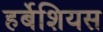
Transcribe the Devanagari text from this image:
हर्बेशियस